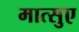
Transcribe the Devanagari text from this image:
मात्सुए